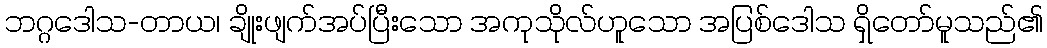
ဘဂ္ဂဒေါသ-တာယ၊ ချိုးဖျက်အပ်ပြီးသော အကုသိုလ်ဟူသော အပြစ်ဒေါသ ရှိတော်မူသည်၏